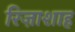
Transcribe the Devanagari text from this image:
रिज़ाशाह